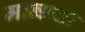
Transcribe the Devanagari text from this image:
मान्डया